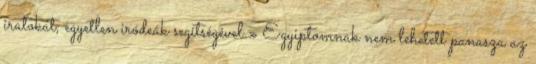
iratokat, egyetlen iródeák segítségével.» Egyiptomnak nem lehetett panasza az